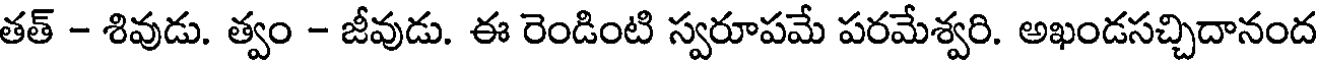
తత్ - శివుడు. త్వం - జీవుడు. ఈ రెండింటి స్వరూపమే పరమేశ్వరి. అఖండసచ్చిదానంద